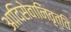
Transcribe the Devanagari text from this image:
आदिसेवानिवृत्ति